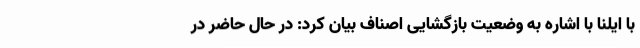
با ایلنا با اشاره به وضعیت بازگشایی اصناف بیان کرد: در حال حاضر در